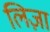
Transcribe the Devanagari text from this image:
लिज़ा